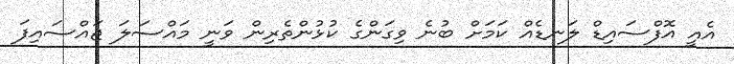
އެއީ އޮފްސައިޑް ލަނޑެއް ކަމަށް ބުނެ ވިގަންގެ ކުޅުންތެރިން ވަނީ މައްސަލަ ޖައްސައިފަ